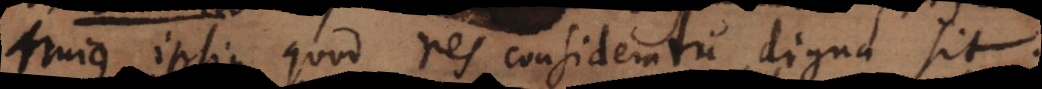
hujus ipsius quod res consideratu digna sit